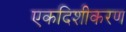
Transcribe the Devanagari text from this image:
एकदिशीकरण